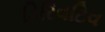
ડિરિવટિવ